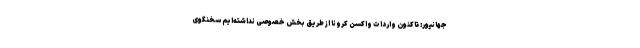
جهانپور: تاکنون واردات واکسن کرونا از طریق بخش خصوصی نداشته‌ایم سخنگوی